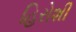
હિરોશી